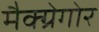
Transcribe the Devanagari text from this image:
मैक्ग्रेगोर